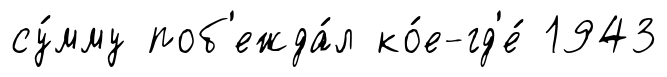
су́мму поб'ежда́л ко́е-гд'е́ 1943